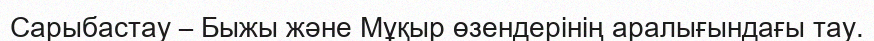
Сарыбастау – Быжы жəне Мұқыр өзендерінің аралығындағы тау.